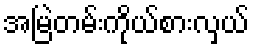
အမြဲတမ်းကိုယ်စားလှယ်